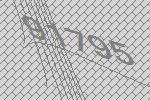
91795